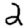
Digit: 2